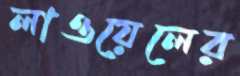
লাওয়েলের